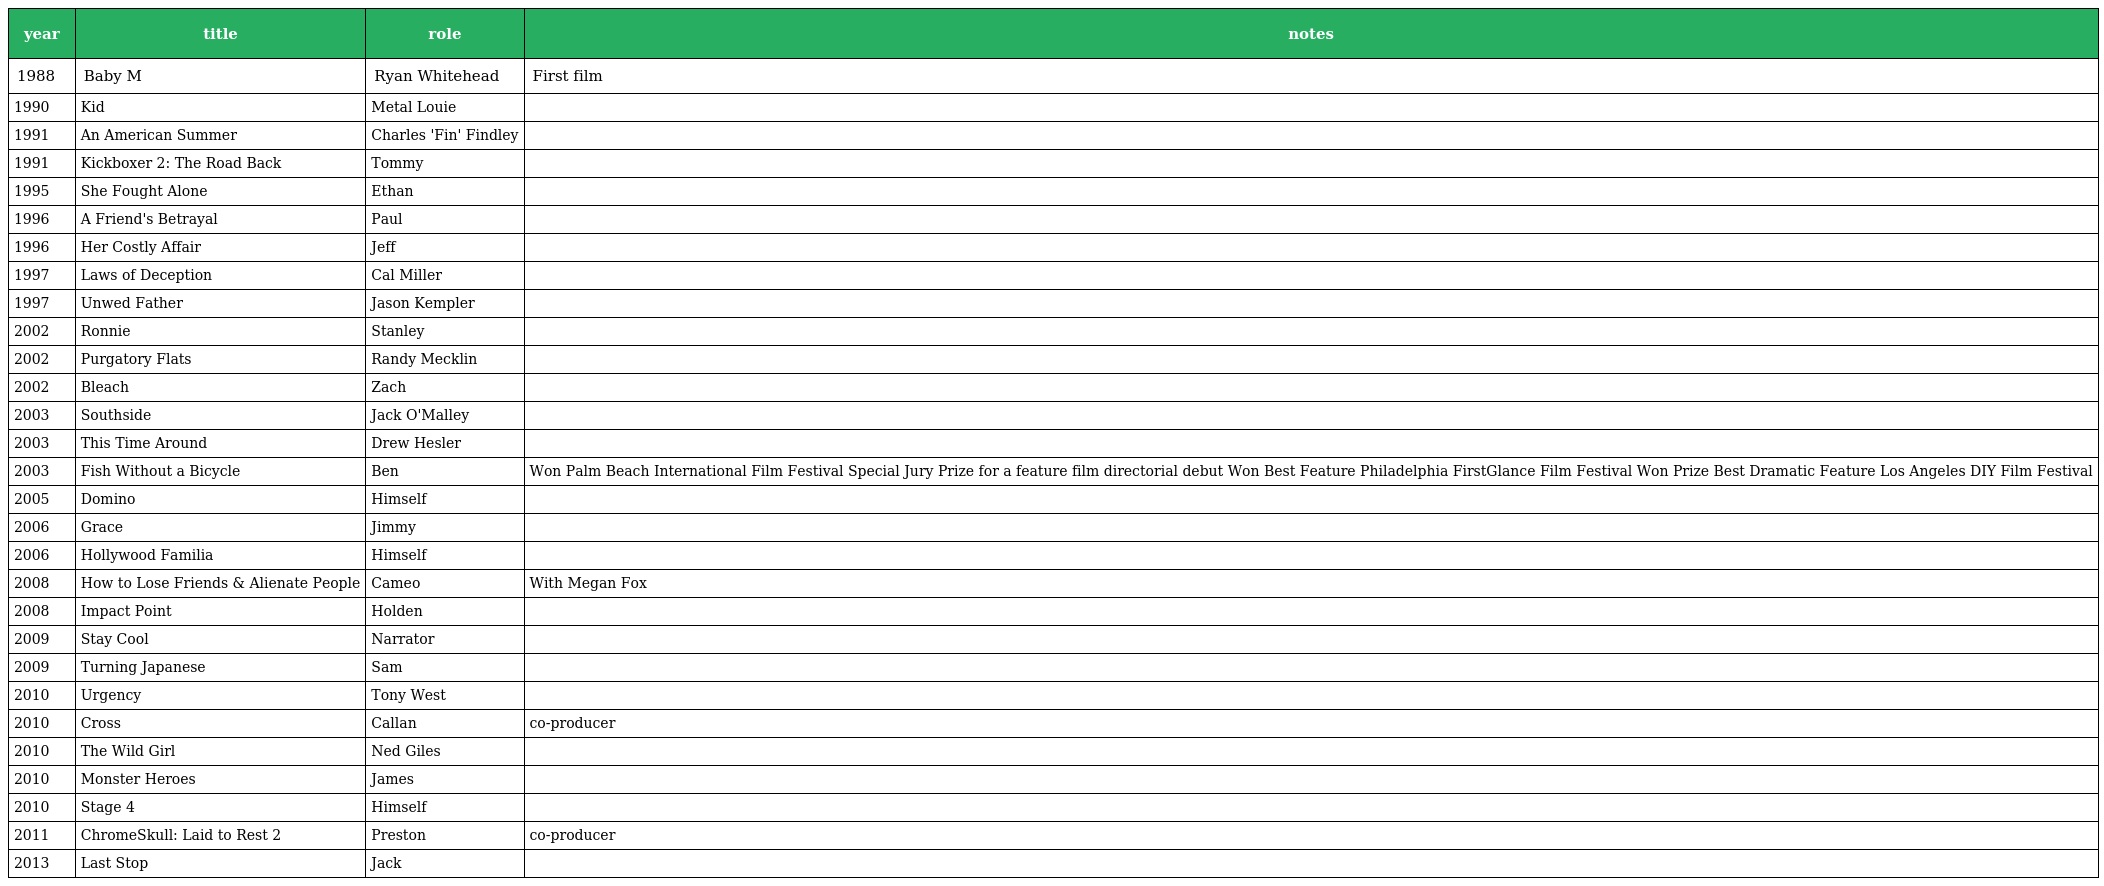
| year | title | role | notes |
 | --- | --- | --- | --- |
 | 1988 | Baby M | Ryan Whitehead | First film |
 | 1990 | Kid | Metal Louie |  |
 | 1991 | An American Summer | Charles 'Fin' Findley |  |
 | 1991 | Kickboxer 2: The Road Back | Tommy |  |
 | 1995 | She Fought Alone | Ethan |  |
 | 1996 | A Friend's Betrayal | Paul |  |
 | 1996 | Her Costly Affair | Jeff |  |
 | 1997 | Laws of Deception | Cal Miller |  |
 | 1997 | Unwed Father | Jason Kempler |  |
 | 2002 | Ronnie | Stanley |  |
 | 2002 | Purgatory Flats | Randy Mecklin |  |
 | 2002 | Bleach | Zach |  |
 | 2003 | Southside | Jack O'Malley |  |
 | 2003 | This Time Around | Drew Hesler |  |
 | 2003 | Fish Without a Bicycle | Ben | Won Palm Beach International Film Festival Special Jury Prize for a feature film directorial debut Won Best Feature Philadelphia FirstGlance Film Festival Won Prize Best Dramatic Feature Los Angeles DIY Film Festival |
 | 2005 | Domino | Himself |  |
 | 2006 | Grace | Jimmy |  |
 | 2006 | Hollywood Familia | Himself |  |
 | 2008 | How to Lose Friends & Alienate People | Cameo | With Megan Fox |
 | 2008 | Impact Point | Holden |  |
 | 2009 | Stay Cool | Narrator |  |
 | 2009 | Turning Japanese | Sam |  |
 | 2010 | Urgency | Tony West |  |
 | 2010 | Cross | Callan | co-producer |
 | 2010 | The Wild Girl | Ned Giles |  |
 | 2010 | Monster Heroes | James |  |
 | 2010 | Stage 4 | Himself |  |
 | 2011 | ChromeSkull: Laid to Rest 2 | Preston | co-producer |
 | 2013 | Last Stop | Jack |  |